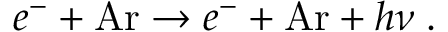
e ^ { - } + \mathrm { A r } \rightarrow e ^ { - } + \mathrm { A r } + h \nu \; .